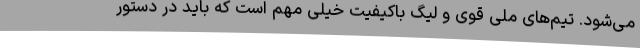
می‌شود. تیم‌های ملی قوی و لیگ باکیفیت خیلی مهم است که باید در دستور